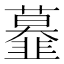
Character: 𩐍